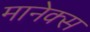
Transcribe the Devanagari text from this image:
मानेक्स